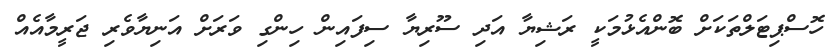
ހޮސްޕިޓަލްތަކަށް ބޮންއެޅުމަކީ ރަޝިޔާ އަދި ސޫރިޔާ ސިފައިން ހިންގި ވަރަށް އަނިޔާވެރި ޖަރީމާއެއް